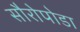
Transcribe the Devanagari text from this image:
सौरोपोडा